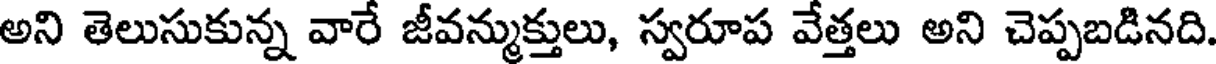
అని తెలుసుకున్న వారే జీవన్ముక్తులు, స్వరూప వేత్తలు అని చెప్పబడినది.